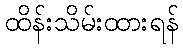
ထိန်းသိမ်းထားရန်